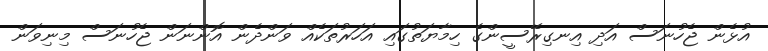
އުޅެން ޖެހުނަސް އަދި އިނގިރޭސީންގެ ހިމާޔަތުގައި އަހަރުތަކެއް ވަންދެން އޮންނަން ޖެހުނަސް މިނިވަން